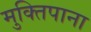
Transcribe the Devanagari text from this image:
मुक्तिपाना